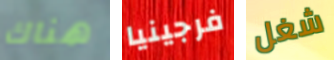
هناك فرجينيا شغل